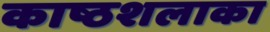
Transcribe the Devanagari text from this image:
काष्ठशलाका